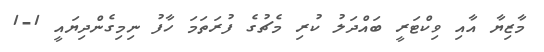
މާޒިޔާ އާއި ވިކްޓަރީ ބައްދަލު ކުރި މެޗުގެ ފުރަތަމަ ހާފު ނިމިގެންދިޔައީ 1-1